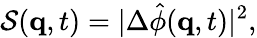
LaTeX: \mathcal{S}(\mathbf{q},t)=|\Delta\hat{\phi}(\mathbf{q},t)|^{2},